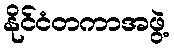
နိုင်ငံတကာအဖွဲ့